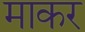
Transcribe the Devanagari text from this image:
माकर